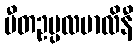
ပီတဥပ္ပလမာလိနီ